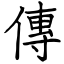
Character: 傳